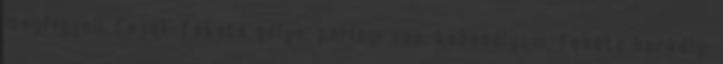
megfigyelt fajok: fekete gólya, parlagi sas, kabasólyom, fekete harkály,